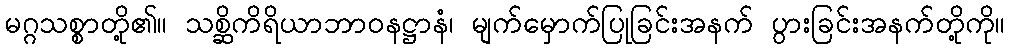
မဂ္ဂသစ္စာတို့၏။ သစ္ဆိကိရိယာဘာဝနဋ္ဌာနံ၊ မျက်မှောက်ပြုခြင်းအနက် ပွားခြင်းအနက်တို့ကို။